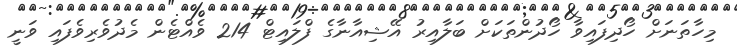
މިހާތަނަށް ހޯދިފައިވާ ހޯދުންތަކަށް ބަލާއިރު އޭޝިއާނާގެ ފްލައިޓް 214 ވެއްޓެން މެދުވެރިވެފައި ވަނީ